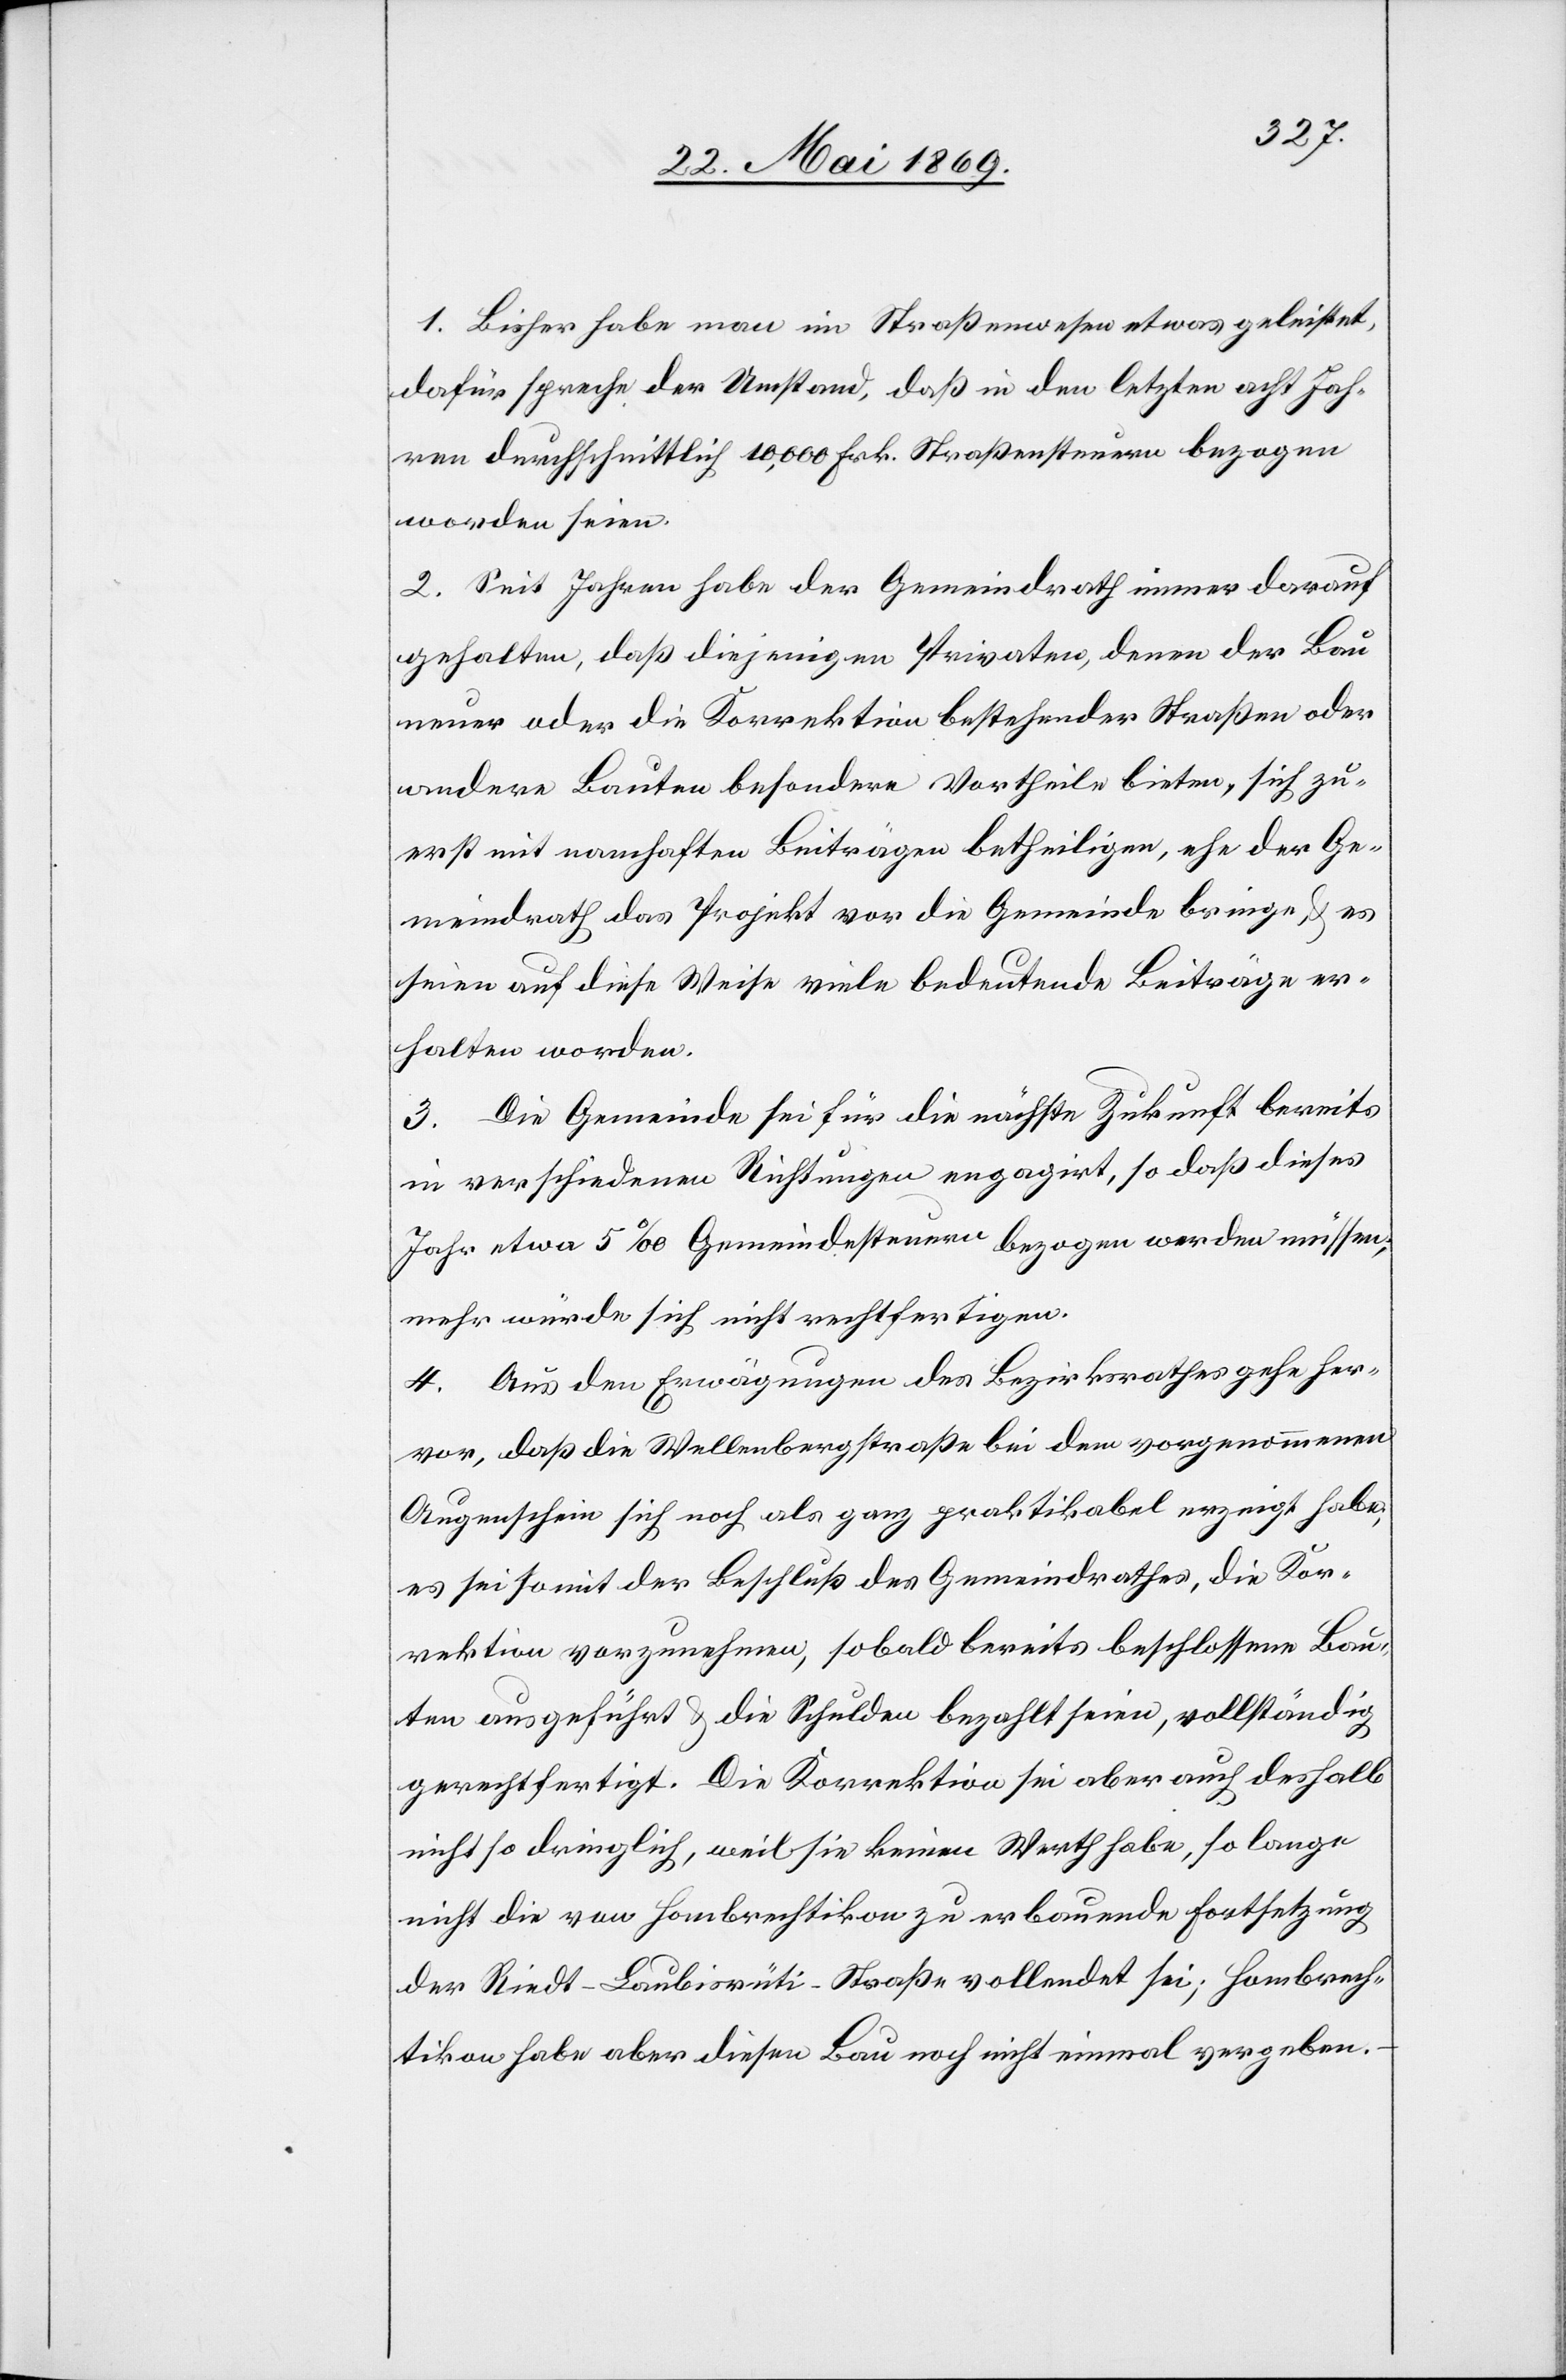
1. Bisher habe man im Straßenwesen etwas geleistet,
dafür spreche der Umstand, daß in den letzten acht Jahren
von durchschnittlich 10,000 Frk. Straßensteuern bezogen
worden seien.
2. Seit Jahren habe der Gemeindrath immer darauf
gehalten, daß diejenigen Privaten, denen der Bau
neuer oder die Korrektion bestehender Straßen oder
andere Bauten besondere Vortheile bieten, sich zu¬
erst mit namhaften Beiträgen betheiligen, ehe der Ge¬
meindrath das Projekt vor die Gemeinde bringe u. es
seien auf diese Weise viele bedeutende Beiträge er¬
halten worden.
3. Die Gemeinde sei für die nächste Zukunft bereits
in verschiedenen Richtungen engagirt, so daß dieses
Jahr 5‰ Gemeindesteuern bezogen werden müssen,
mehr würde sich nicht rechtfertigen.
4. Aus den Erwägungen des Bezirksrathes gehe her¬
vor, daß die Wellenbergstraße bei dem vorgenommenen
Augenschein sich noch als ganz praktikabel erzeigt habe,
es sei somit der Beschluß des Gemeindrathes, die Kor¬
rektion vorzunehmen, sobald bereits beschlossene Bau¬
ten ausgeführt u. die Schulden bezahlt seien, vollständig
gerechtfertigt. Die Korrektion sei aber auch deshalb
nicht so dringlich, weil sie keinen Werth habe, so lange
nicht die von Hombrechtikon zu erbauende Fortsetzung
der Riedt-Laubisrüti-Straße vollendet sei; Hombrech¬
tikon habe aber diesen Bau noch nicht einmal vergeben.